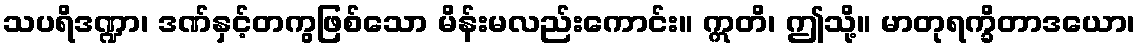
သပရိဒဏ္ဍာ၊ ဒဏ်နှင့်တကွဖြစ်သော မိန်းမလည်းကောင်း။ ဣတိ၊ ဤသို့။ မာတုရက္ခိတာဒယော၊